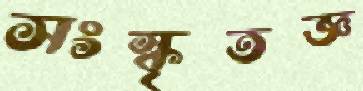
সংস্কৃতজ্ঞ